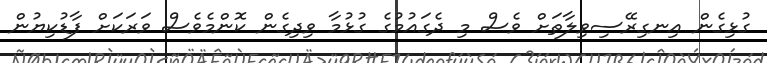
ގުޅިގެން އިނގިރޭސިވިލާތަށް ވެސް މި ދެގައުމުގެ ގުޅުމާ ވިދިގެން ކޮންމެވެސް ވަރަކަށް ފާޑުކިޔުން